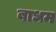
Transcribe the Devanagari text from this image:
बाधम